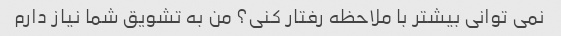
نمی توانی بیشتر با ملاحظه رفتار کنی؟ من به تشویق شما نیاز دارم